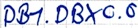
Text: DB1.DBX0.0